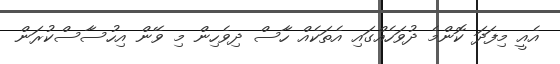
އެއީ މިފަދަ ކޮންމެ ދުވަހެއްގައި އެތަކެއް ހާސް ދިވެހިން މި ވޭން އިހުސާސްކުރަން